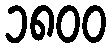
၁၈၀၀